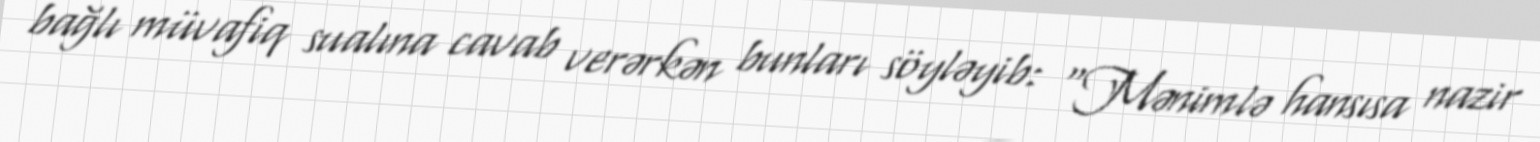
bağlı müvafiq sualına cavab verərkən bunları söyləyib: “Mənimlə hansısa nazir